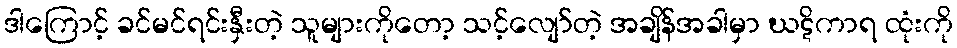
ဒါကြောင့် ခင်မင်ရင်းနှီးတဲ့ သူများကိုတော့ သင့်လျော်တဲ့ အချိန်အခါမှာ ဃဋိကာရ ထုံးကို